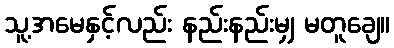
သူ့အမေနှင့်လည်း နည်းနည်းမျှ မတူချေ။